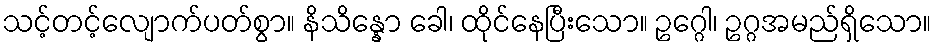
သင့်တင့်လျောက်ပတ်စွာ။ နိသိန္နော ခေါ၊ ထိုင်နေပြီးသော။ ဥဂ္ဂေါ၊ ဥဂ္ဂအမည်ရှိသော။